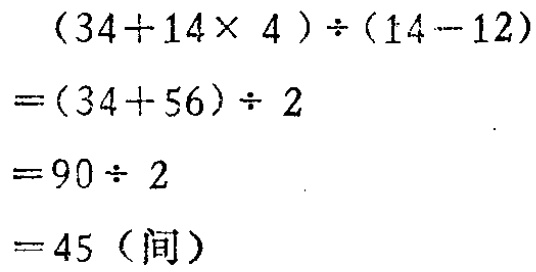
\[

\begin{align*}

&(34 + 14\times 4)\div(14 - 12)\\

=&(34 + 56)\div 2\\

=&90\div 2\\

=&45（间）

\end{align*}

\]